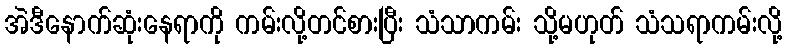
အဲဒီနောက်ဆုံးနေရာကို ကမ်းလို့တင်စားပြီး သံသာကမ်း သို့မဟုတ် သံသရာကမ်းလို့